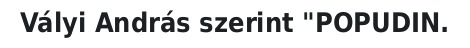
Vályi András szerint "POPUDIN.